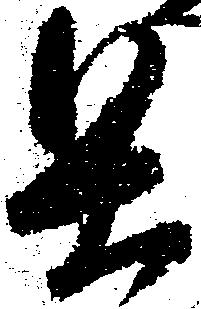
具